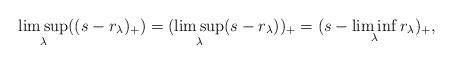
LaTeX: \begin{align*}\limsup_\lambda((s-r_\lambda)_+)=(\limsup_\lambda(s-r_\lambda))_+=(s-\liminf_\lambda r_\lambda)_+,\end{align*}